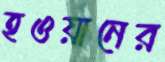
হওয়ানের